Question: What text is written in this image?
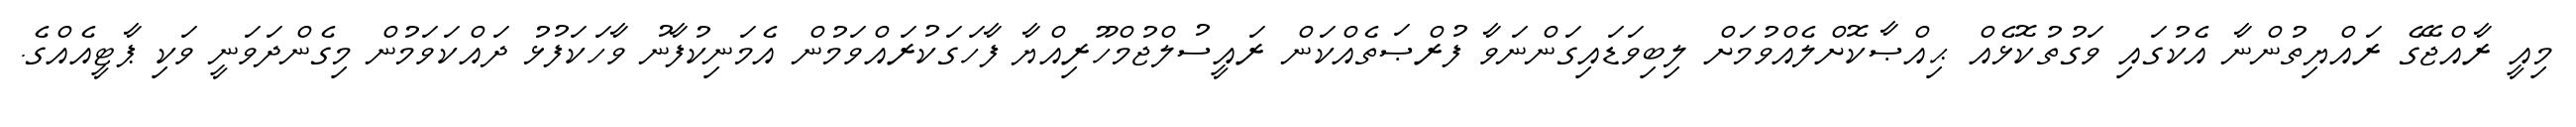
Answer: މިއީ ރާއްޖޭގެ ރައްޔިތުންނާ އެކުގައި ވަގުތުކޮޅެއް ޙިއްޞާކޮށްލެއްވުމަށް ލިބިވަޑައިގަންނަވާ ފުރްޞަތެއްކަން ރައީސުލްޖުމްހޫރިއްޔާ ފާހަގަކުރައްވަމުން އެމަނިކުފާނު ވާހަކަފުޅު ދައްކަވަމުން މިގެންދަވަނީ ވަކި ޕާޓީއެއްގެ.